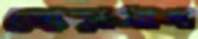
জোড়ামাণ